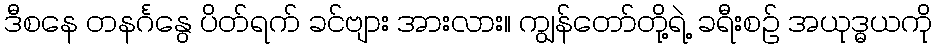
ဒီစနေ တနင်္ဂနွေ ပိတ်ရက် ခင်ဗျား အားလား။ ကျွန်တော်တို့ရဲ့ ခရီးစဉ် အယုဒ္ဓယကို